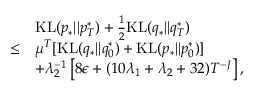
\begin{array} { r l } & { \mathrm { K L } ( p _ { * } | | p _ { T } ^ { * } ) + \frac { 1 } { 2 } \mathrm { K L } ( q _ { * } | | q _ { T } ^ { * } ) } \\ { \leq } & { \mu ^ { T } [ \mathrm { K L } ( q _ { * } | | q _ { 0 } ^ { * } ) + \mathrm { K L } ( p _ { * } | | p _ { 0 } ^ { * } ) ] } \\ & { + \lambda _ { 2 } ^ { - 1 } \left[ 8 \epsilon + ( 1 0 \lambda _ { 1 } + \lambda _ { 2 } + 3 2 ) T ^ { - J } \right] , } \end{array}